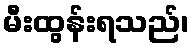
မီးထွန်းရသည်၊